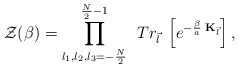
\begin{align*}{\cal Z}(\beta) = \prod_{l_1, l_2, l_3= -\frac{N}{2}}^{\frac{N}{2}-1}\;\, Tr_{\vec{l}} \; \left[ e^{-\frac{\beta}{a} \;{\bf K}_{\vec{l} } } \right] , \end{align*}